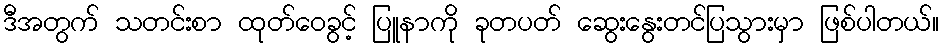
ဒီအတွက် သတင်းစာ ထုတ်ဝေခွင့် ပြူနာကို ခုတပတ် ဆွေးနွေးတင်ပြသွားမှာ ဖြစ်ပါတယ်။